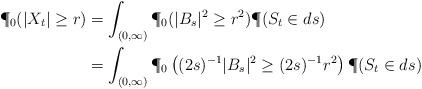
LaTeX: \begin{align*}\P_0(|X_t|\geq r)&=\int_{(0,\infty)}\P_0(|B_s|^2\geq r^2)\P(S_t\in ds)\\&=\int_{(0,\infty)}\P_0\left((2s)^{-1}|B_s|^2\geq (2s)^{-1}r^2\right)\P(S_t\in ds)\\\end{align*}